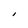
Character: I